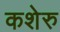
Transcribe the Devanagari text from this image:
कशेरु